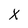
Character: x